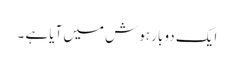
ایک دو بار ہوش میں آیا ہے ۔